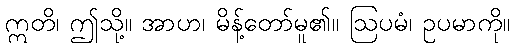
ဣတိ၊ ဤသို့။ အာဟ၊ မိန့်တော်မူ၏။ ဩပမံ၊ ဥပမာကို။